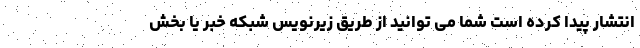
انتشار پیدا کرده است شما می توانید از طریق زیرنویس شبکه خبر یا بخش